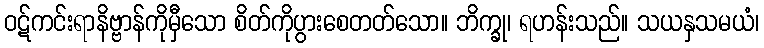
ဝဋ်ကင်းရာနိဗ္ဗာန်ကိုမှီသော စိတ်ကိုပွားစေတတ်သော။ ဘိက္ခု၊ ရဟန်းသည်။ သယနှသမယံ၊